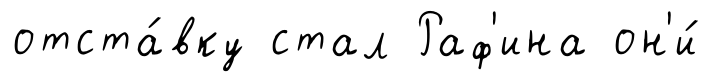
отста́вку стал Раф'ина он'и́